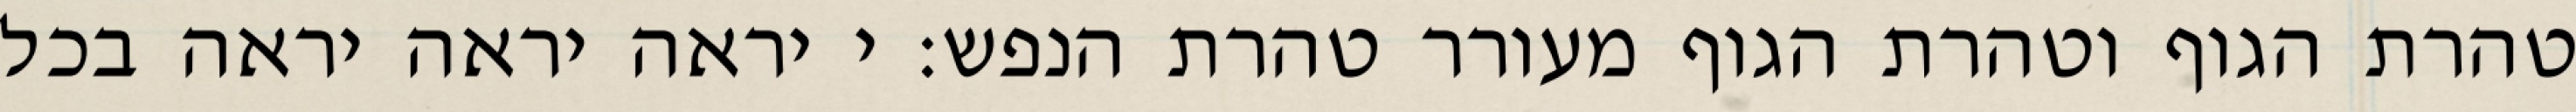
טהרת הגוף וטהרת הגוף מעורר טהרת הנפש: י יראה יראה יראה בכל